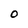
Character: O